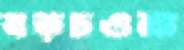
বড়চওনা